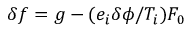
\delta f = g - ( e _ { i } \delta \phi / T _ { i } ) F _ { 0 }